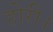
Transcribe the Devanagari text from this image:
होरी।